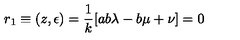
r _ { 1 } \equiv ( z , \epsilon ) = \frac { 1 } { k } [ a b \lambda - b \mu + \nu ] = 0